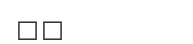
٥٤